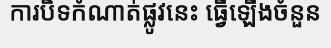
ការបិទកំណាត់ផ្លូវនេះ ធ្វើឡើងចំនួន